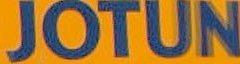
JOTUN